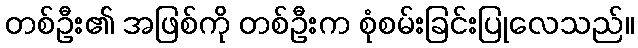
တစ်ဦး၏ အဖြစ်ကို တစ်ဦးက စုံစမ်းခြင်းပြုလေသည်။